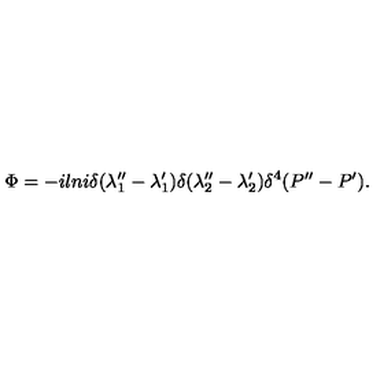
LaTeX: \Phi = - i l n i \delta ( \lambda _ { 1 } ^ { \prime \prime } - \lambda _ { 1 } ^ { \prime } ) \delta ( \lambda _ { 2 } ^ { \prime \prime } - \lambda _ { 2 } ^ { \prime } ) \delta ^ { 4 } ( P ^ { \prime \prime } - P ^ { \prime } ) .